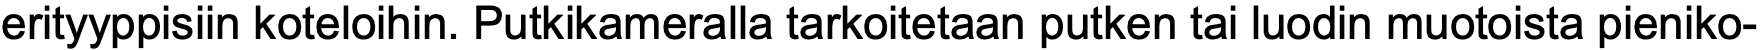
erityyppisiin koteloihin. Putkikameralla tarkoitetaan putken tai luodin muotoista pieniko-